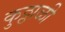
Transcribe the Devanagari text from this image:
कुठ्ठाळी